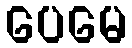
ပေမေ